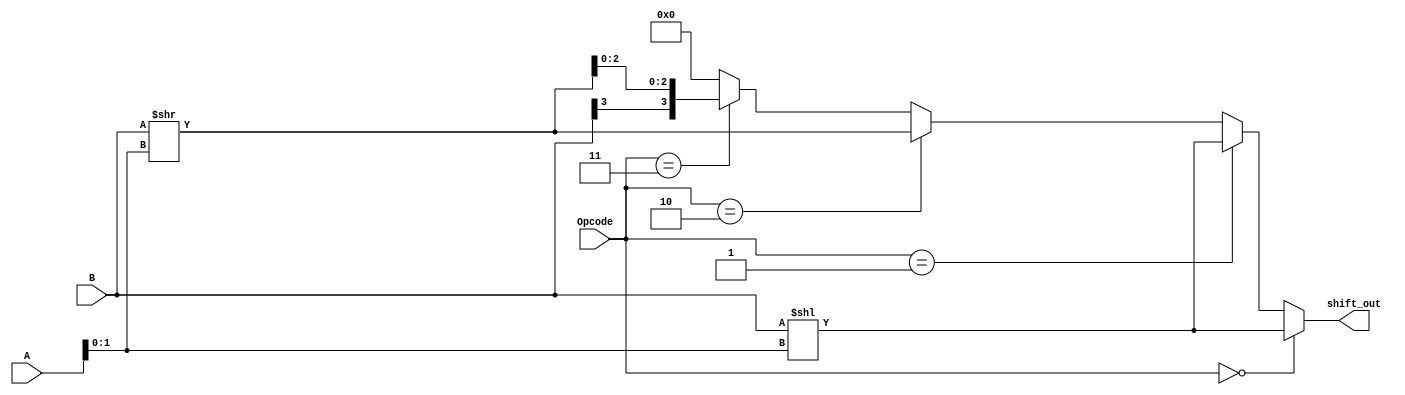
`timescale 1ns / 1ps
//////////////////////////////////////////////////////////////////////////////////
// Company: 
// Engineer: 
// 
// Design Name: 
// Module Name:    Shifter 
// Project Name: 
// Target Devices: 
// Tool versions: 
// Description: 
//
// Dependencies: 
//
// Revision: 
// Revision 0.01 - File Created
// Additional Comments: 
//
//////////////////////////////////////////////////////////////////////////////////
module Shifter(shift_out, A, B, Opcode);

	output [3:0] shift_out;
	input [3:0] A, B, Opcode;
	wire [3:0] left_shift, right_shift;
	
	assign left_shift = B << A[1:0];
	assign right_shift = B >> A[1:0];
	
	assign shift_out = (Opcode == 4'b0000) ? left_shift 
							:(Opcode == 4'b0001) ? left_shift
							:(Opcode == 4'b0010) ? right_shift
							:(Opcode == 4'b0011) ? ({B[3], right_shift[2:0]})
							: 4'b0000;

endmodule